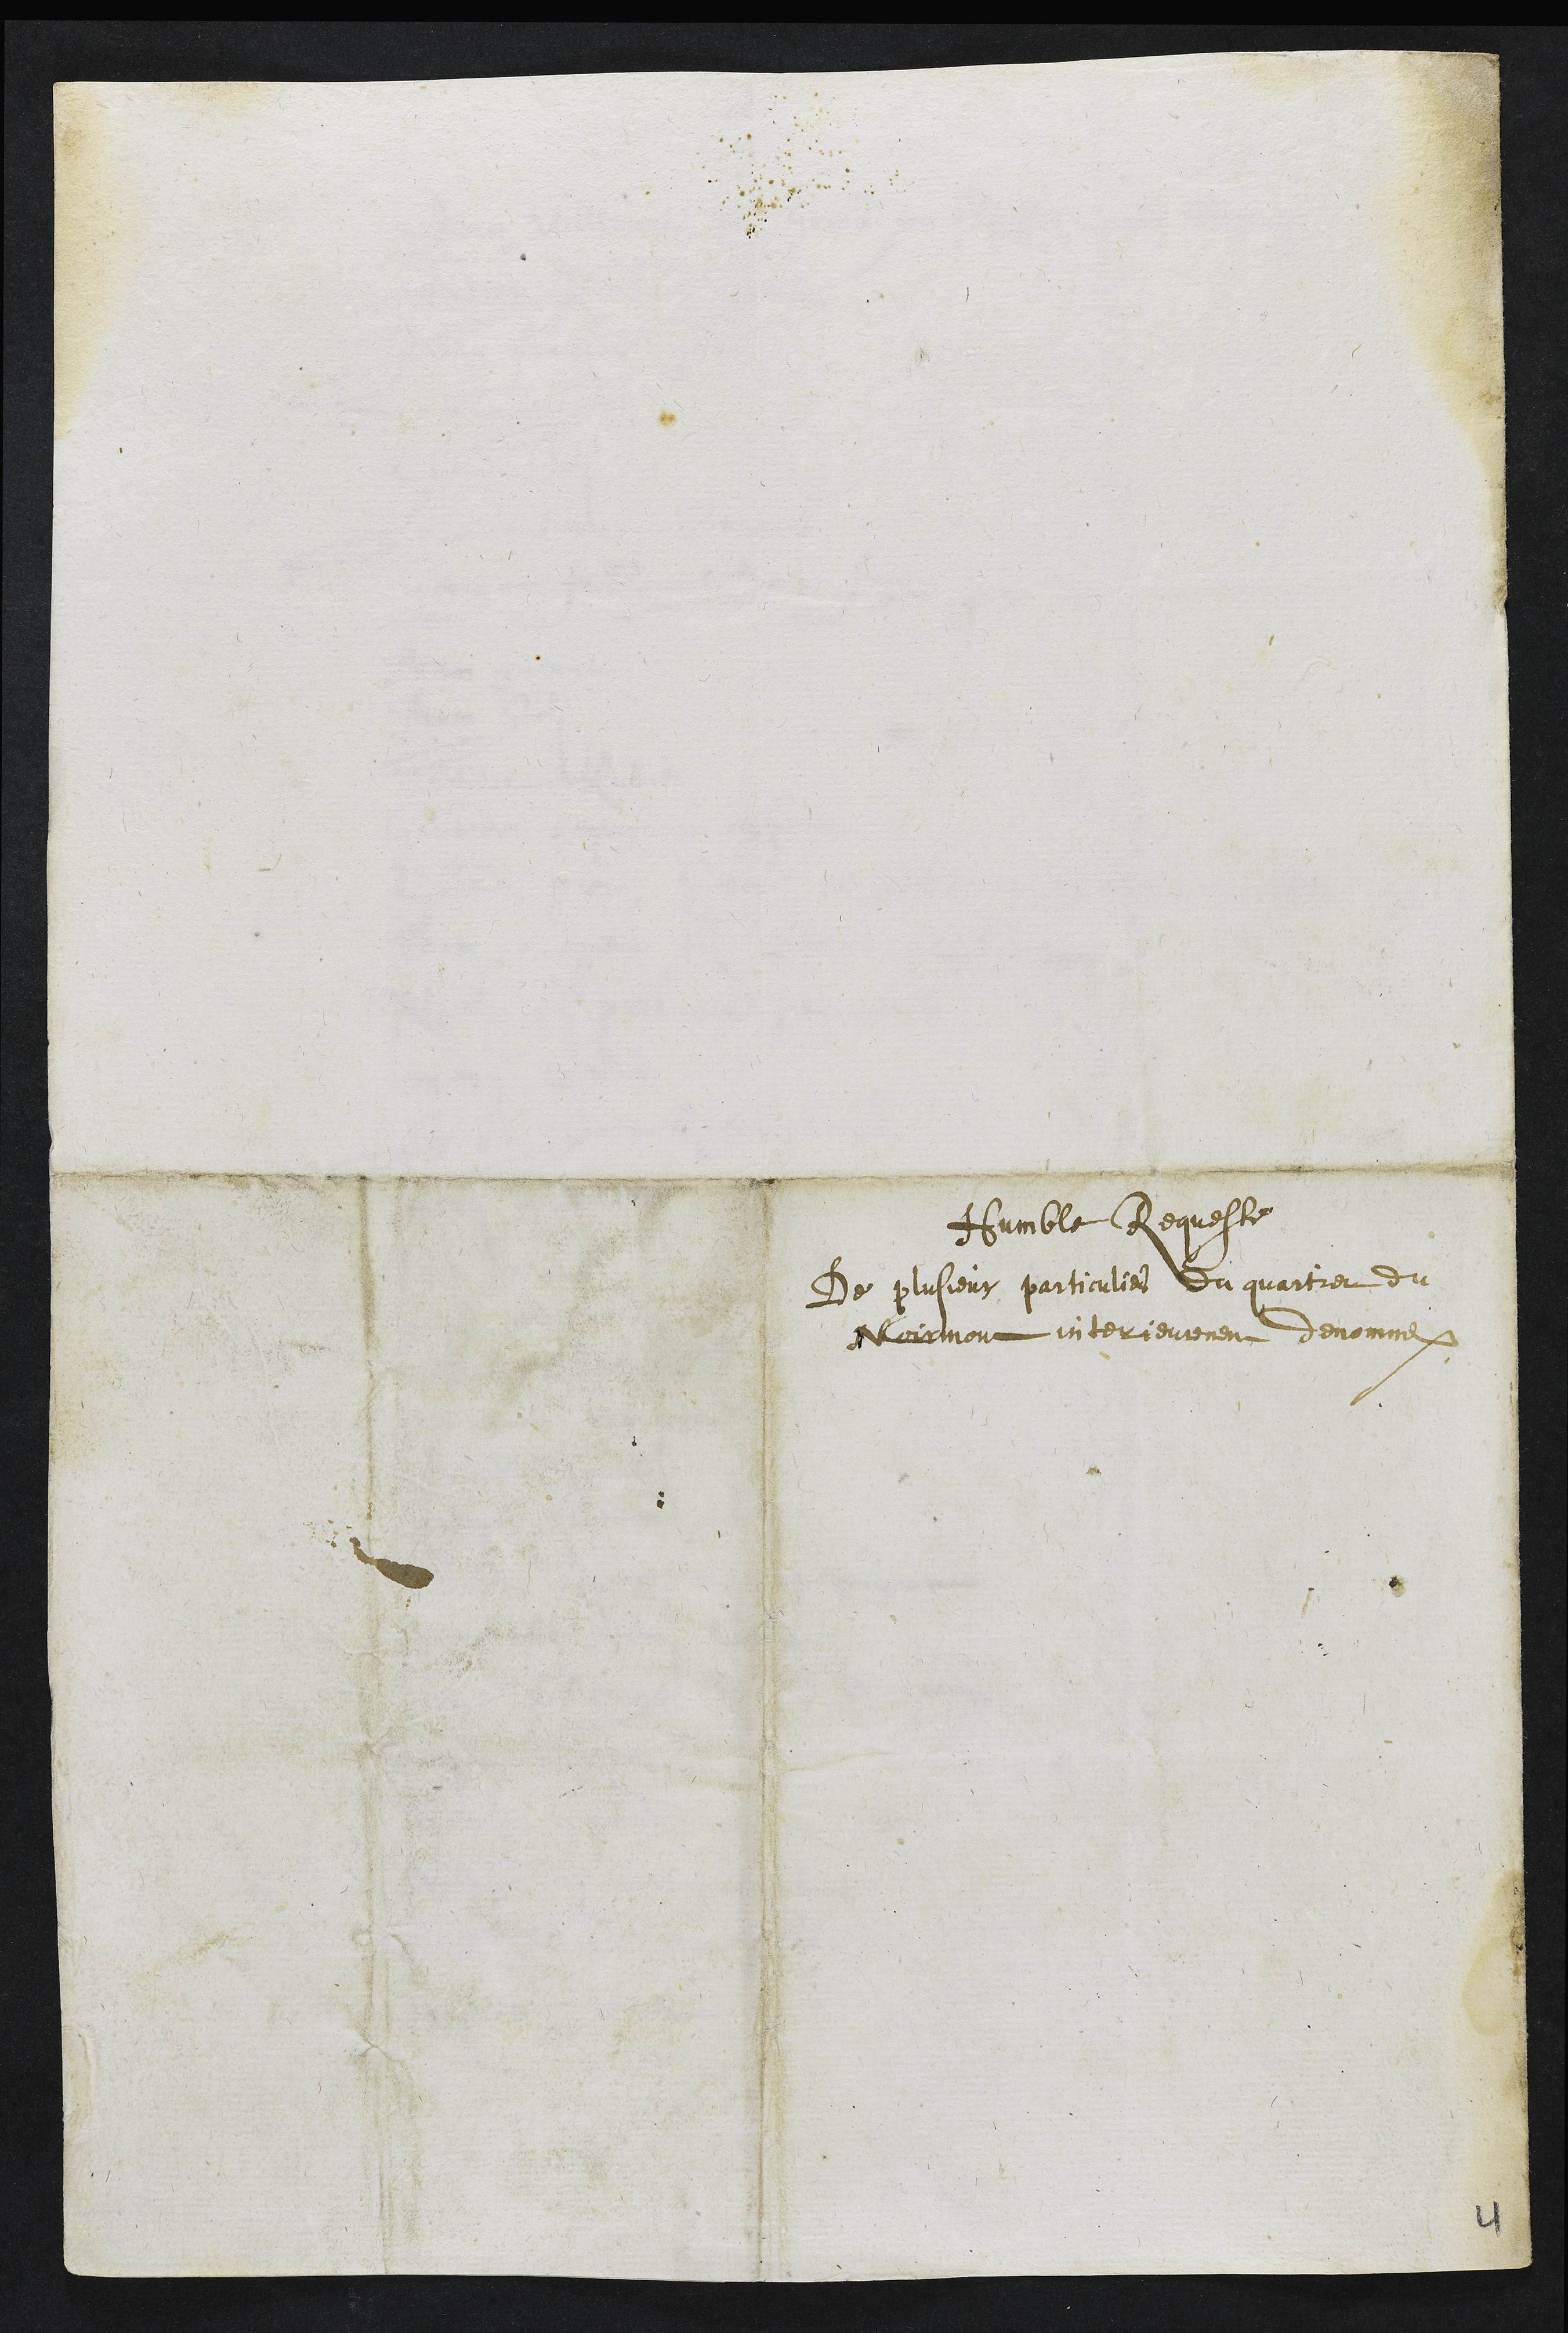
Humble Requeste
De plusieurs particuliers du quartier du
Noirmont interieurement denommes
4